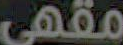
مقهى